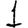
Digit: 1